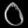
Digit: ၀